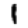
Digit: 1